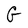
Character: G